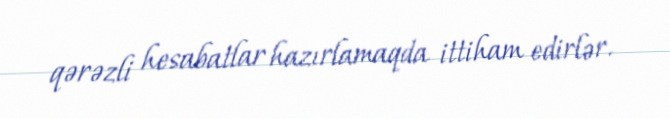
qərəzli hesabatlar hazırlamaqda ittiham edirlər.